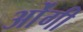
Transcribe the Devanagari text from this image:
ओंगी